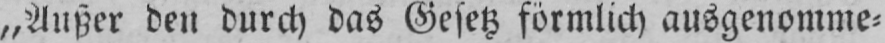
„Außer den durch das Gesetz förmlich ausgenomme⸗